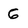
Character: 6